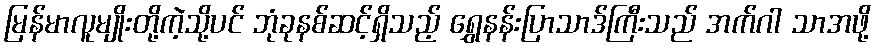
မြန်မာလူမျိုးတို့ကဲ့သို့ပင် ဘုံခုနစ်ဆင့်ရှိသည့် ရွှေနန်းပြာသာဒ်ကြီးသည် အက်ဂါ သာအဖို့